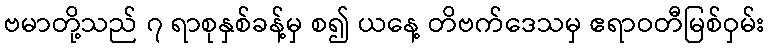
ဗမာတို့သည် ၇ ရာစုနှစ်ခန့်မှ စ၍ ယနေ့ တိဗက်ဒေသမှ ဧရာဝတီမြစ်ဝှမ်း